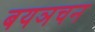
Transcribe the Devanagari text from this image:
बयञचन